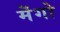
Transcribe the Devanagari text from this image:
मॆंगो